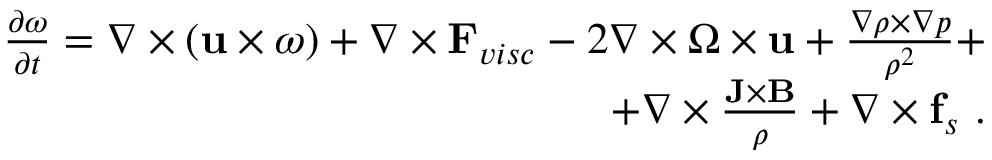
\begin{array} { r } { \frac { \partial \boldsymbol { \omega } } { \partial t } = \boldsymbol { \nabla } \times ( \mathbf { u } \times \boldsymbol { \omega } ) + \nabla \times \mathbf { F } _ { v i s c } - 2 \nabla \times \boldsymbol { \Omega } \times \mathbf { u } + \frac { \nabla \rho \times \nabla p } { \rho ^ { 2 } } + } \\ { + \nabla \times \frac { \mathbf { J } \times \mathbf { B } } { \rho } + \nabla \times \mathbf { f } _ { s } ~ . } \end{array}